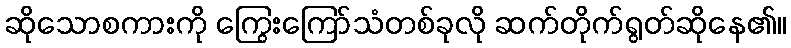
ဆိုသောစကားကို ကြွေးကြော်သံတစ်ခုလို ဆက်တိုက်ရွတ်ဆိုနေ၏။